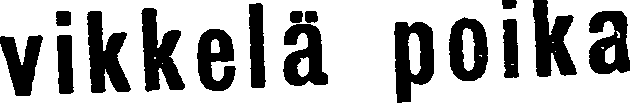
vikkelä poika